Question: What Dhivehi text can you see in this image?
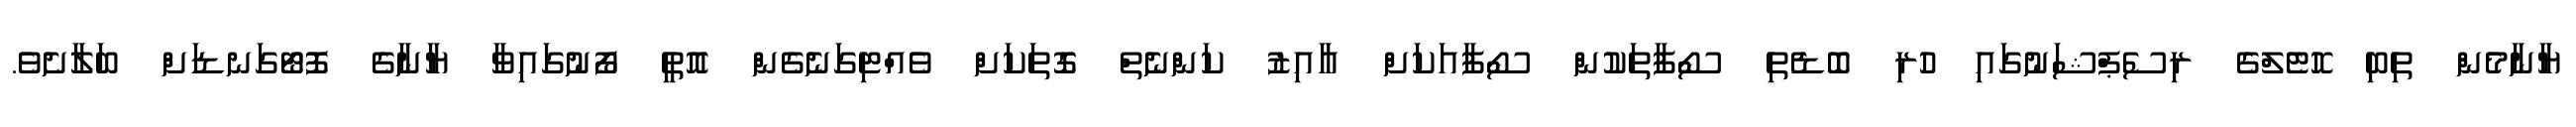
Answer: ޔާނާމެން ތިބި ހޮޓެލްގެ ރިސެޕްޝަނުގައި ހުރި ބޮޑެތި ސޯފާތަކުން ސޯފާއަކަށް އާއިޒު ކަންނެތް ގޮތަކަށް ވެއްޓިގަނެގެން އޮތީ ފޯނުގައިވާ ޔާނާގެ ފޮޓޯގަނޑަށް ބަލާށެވެ.